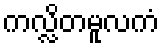
ကလ္လိတမူလကံ